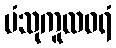
ပံသုကူလဓရံ